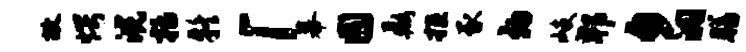
故愕浣括疑「幕囿鼎拒豕初岐郫夕洞膳